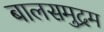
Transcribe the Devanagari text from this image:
बालसमुद्रम